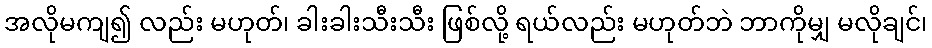
အလိုမကျ၍ လည်း မဟုတ်၊ ခါးခါးသီးသီး ဖြစ်လို့ ရယ်လည်း မဟုတ်ဘဲ ဘာကိုမျှ မလိုချင်၊